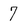
Character: 7